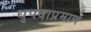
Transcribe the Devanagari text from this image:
धृपदाप्रमाणे